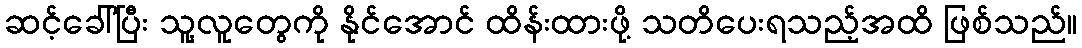
ဆင့်ခေါ်ပြီး သူ့လူတွေကို နိုင်အောင် ထိန်းထားဖို့ သတိပေးရသည့်အထိ ဖြစ်သည်။